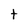
Character: t